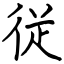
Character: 従